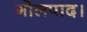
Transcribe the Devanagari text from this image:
गोलपाद।